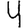
Digit: 4